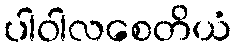
ပါဝါလစေတိယံ